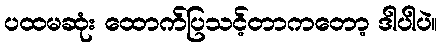
ပထမဆုံး ထောက်ပြသင့်တာကတော့ ဒါပါပဲ။